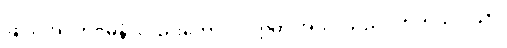
ဖြင့်။ အဂတိဂမနံ၊ လည်းကောင်း။ ဣတိ အယံ၊ သည်။ တတိယ ဒိသာ၊